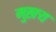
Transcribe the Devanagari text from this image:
मुखर्‍य